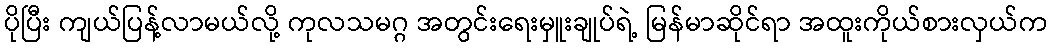
ပိုပြီး ကျယ်ပြန့်လာမယ်လို့ ကုလသမဂ္ဂ အတွင်းရေးမှူးချုပ်ရဲ့ မြန်မာဆိုင်ရာ အထူးကိုယ်စားလှယ်က